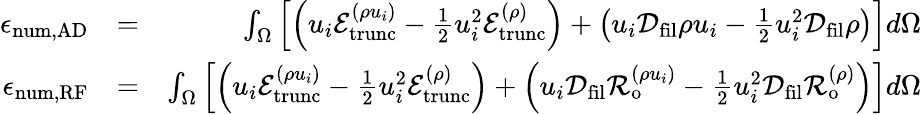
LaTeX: \begin{array}{rlr}{\epsilon_{\mathrm{num,AD}}}&{=}&{\int_{\Omega}\left[\left(u_{i}\mathcal{E}_{\mathrm{trunc}}^{(\rho u_{i})}-\frac{1}{2}u_{i}^{2}\mathcal{E}_{\mathrm{trunc}}^{(\rho)}\right)+\left(u_{i}\mathcal{D}_{\mathrm{fil}}\rho u_{i}-\frac{1}{2}u_{i}^{2}\mathcal{D}_{\mathrm{fil}}\rho\right)\right]d\Omega}\\ {\epsilon_{\mathrm{num,RF}}}&{=}&{\int_{\Omega}\left[\left(u_{i}\mathcal{E}_{\mathrm{trunc}}^{(\rho u_{i})}-\frac{1}{2}u_{i}^{2}\mathcal{E}_{\mathrm{trunc}}^{(\rho)}\right)+\left(u_{i}\mathcal{D}_{\mathrm{fil}}\mathcal{R}_{\mathrm{o}}^{(\rho u_{i})}-\frac{1}{2}u_{i}^{2}\mathcal{D}_{\mathrm{fil}}\mathcal{R}_{\mathrm{o}}^{(\rho)}\right)\right]d\Omega}\end{array}